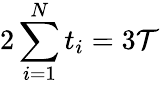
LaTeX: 2\sum_{i=1}^{N}t_{i}=3\mathcal T